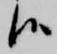
候